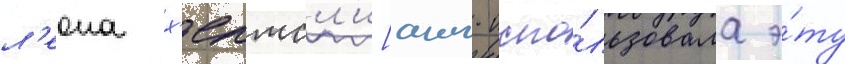
л'еона х'елмсл'и[англ. испо́льзовала э́ту